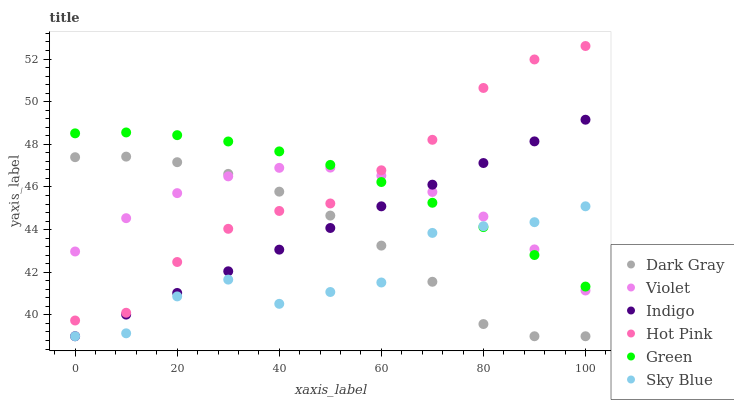
| xaxis_label | Dark Gray | Violet | Indigo | Hot Pink | Green | Sky Blue |
 | --- | --- | --- | --- | --- | --- | --- |
 | 0 | 47.4 | 43 | 39 | 39.7 | 48.5 | 39 |
 | 10 | 47.4 | 44.5 | 40 | 40.1 | 48.6 | 39.1 |
 | 20 | 47.2 | 45.7 | 41 | 42.5 | 48.4 | 40.9 |
 | 30 | 46.6 | 46.5 | 42 | 44 | 48.1 | 41.7 |
 | 40 | 45.8 | 46.9 | 43.1 | 44.9 | 47.7 | 40.5 |
 | 50 | 44.7 | 46.9 | 44.1 | 45.2 | 47 | 41.1 |
 | 60 | 43.3 | 46.5 | 45.1 | 46.8 | 46.2 | 41.5 |
 | 70 | 41.6 | 45.8 | 46.1 | 48.2 | 45.3 | 43.8 |
 | 80 | 39.6 | 44.6 | 47.1 | 50.6 | 44.1 | 44.2 |
 | 90 | 39 | 43.1 | 48.1 | 52 | 42.8 | 44.3 |
 | 100 | 39 | 41.1 | 49.2 | 52.6 | 41.3 | 45.1 |